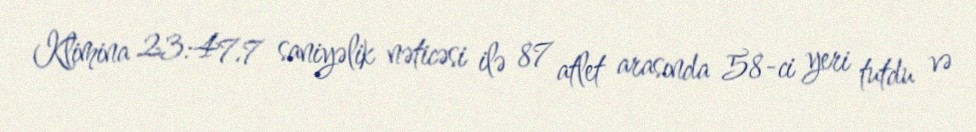
Klimina 23:47.7 saniyəlik nəticəsi ilə 87 atlet arasında 58-ci yeri tutdu və